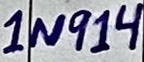
Text: 1N914